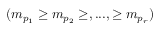
( m _ { p _ { 1 } } \geq m _ { p _ { 2 } } \geq , . . . , \geq m _ { p _ { r } } )